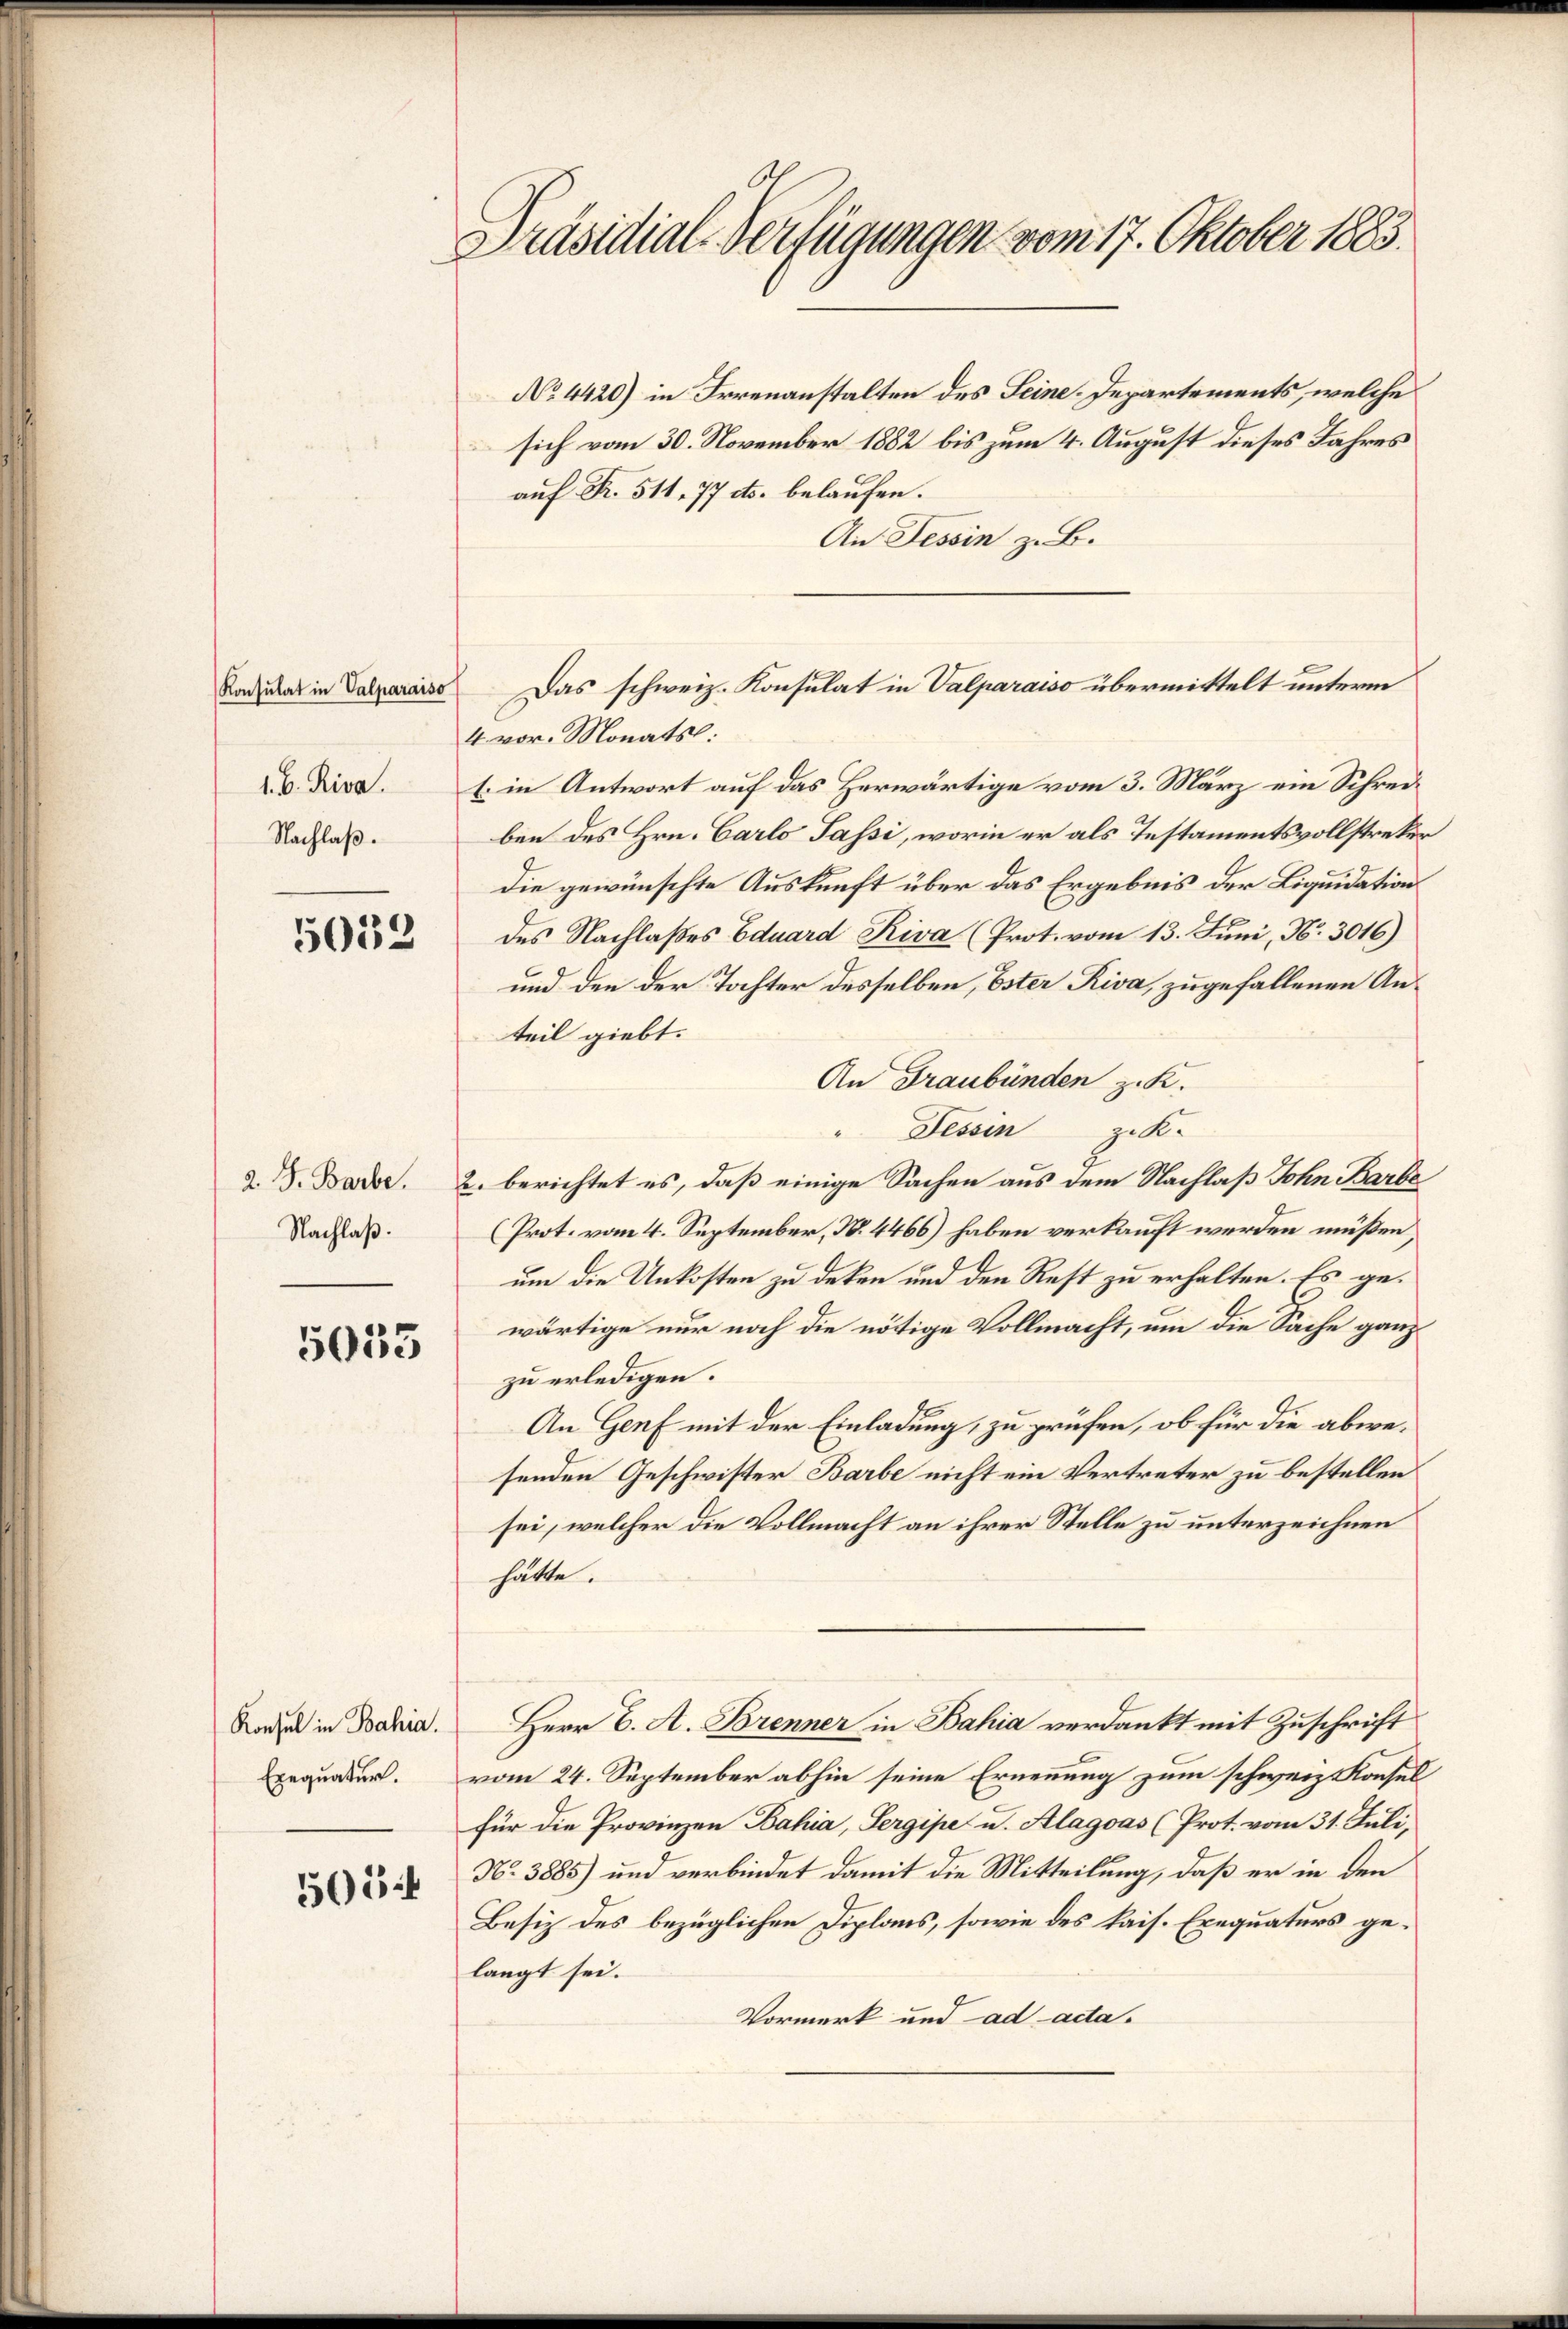
Konsulat in Valparaiso
1. B. Riva
Nachlaß.

5052

2. J. Barbe.
Nachlaß.

5035

Konsul in Bahia.
Exequatur.

505

Präsidial-Verfügungen vom 17. Oktober 1883.

No 4420) in Irrenanstalten des Seine. Departements, welche
sich vom 30. November 1882 bis zum 4. August dieses Jahres
auf Fr. 511, 77 cts. belaufen.
An Tessin z. B.
4 vor. Monatsl:
E. in Antwort auf das Herwärtige vom 3. März ein Schreiben des Hrn. Carlo Passi, worin er als Instamentsvollstrekur
die gewünschte Auskunft über das Ergebnis der Liquidations
des Nachlaßes Eduard Riva (Prot. vom 13. Juni, N. 3016)
und den der Tochter desselben, Ester Riva, zugefallenen Anteil giebt.
An Graubünden z. K.
Tessin z. K.
“
2. berichtet es, daß einige Sachen aus dem Nachlaß John Barbe
(Prot. vom 4. September, N. 4466) haben verkauft werden müßen,
um die Unkosten zu deken und den Rest zu erhalten. Es gewärtige nur noch die nötige Vollmacht, um die Sache ganz
zu erledigen.
An Genf mit der Einladung, zu prüfen, ob für die abwesenden Geschwister Barbe nicht ein Vertreter zu bestellen
sei, welcher die Vollmacht an ihrer Stelle zu unterzeichnen
hätte.
Herr C. A. Brenner in Bahia verdankt mit Zuschrift
vom 24. September abhin seine Ernennung zum schweiz. Konsul
für die Provinzen Bahia, Sergipe u. Alagoas (Prot. vom 31. Juli,
No 3885) und verbindet damit die Mitteilung, daß er in den
Besiz des bezüglichen Diplans, sowie des kais. Exequaturs gelangt sei.
Vormerk und ad acta.

Das schweiz. Konsulat in Valparaiso übermittelt unterm